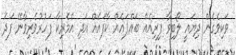
ވަކިވެގެން ދިޔައީ ލޯބިވާ ފިރިއެއް ބައްޕައެއް ކާފައެއް އަދި އެމެރިކާ ފަހުރުވެރިވާނޭ ފަދަ